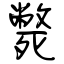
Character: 斃